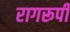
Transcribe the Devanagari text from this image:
रागरूपी